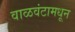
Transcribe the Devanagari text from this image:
वाळवंटामधून